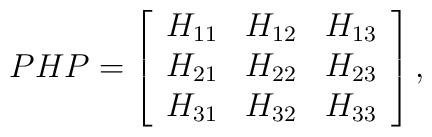
PHP=\left[\begin{array}{rrr}H_{11}&H_{12}&H_{13}\\H_{21}&H_{22}&H_{23}\\H_{31}&H_{32}&H_{33}\end{array}\right],